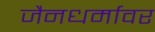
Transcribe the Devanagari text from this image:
जैनधर्मावर